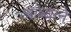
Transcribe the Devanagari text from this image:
श्राव्याने